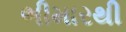
ભીમારથી